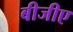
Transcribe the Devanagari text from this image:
बीजीए